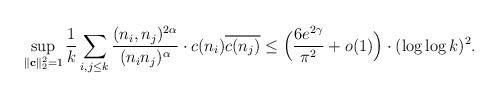
LaTeX: \begin{align*} \sup_{\| \mathbf{c} \|_2^2 = 1} \frac{1}{k} \sum_{i,j \leq k}\frac{(n_i, n_j)^{2\alpha}}{(n_i n_j)^{\alpha}} \cdot c(n_i) \overline{c(n_j)}\leq \Big ( \frac{6 e^{2\gamma}}{\pi^2} + o(1) \Big )\cdot (\log\log k)^2.\end{align*}